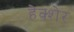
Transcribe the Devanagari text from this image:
हेक्शेर